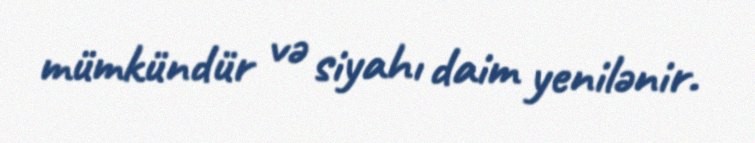
mümkündür və siyahı daim yenilənir.